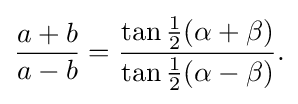
{\begin{aligned}{\frac {a+b}{a-b}}={\frac {\tan {\tfrac {1}{2}}(\alpha +\beta )}{\tan {\tfrac {1}{2}}(\alpha -\beta )}}.\end{aligned}}